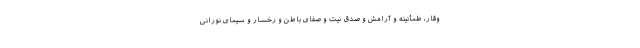
وقار، طمأنینه و آرامش و صدق نیت و صفای باطن و رخسار و سیمای نورانی